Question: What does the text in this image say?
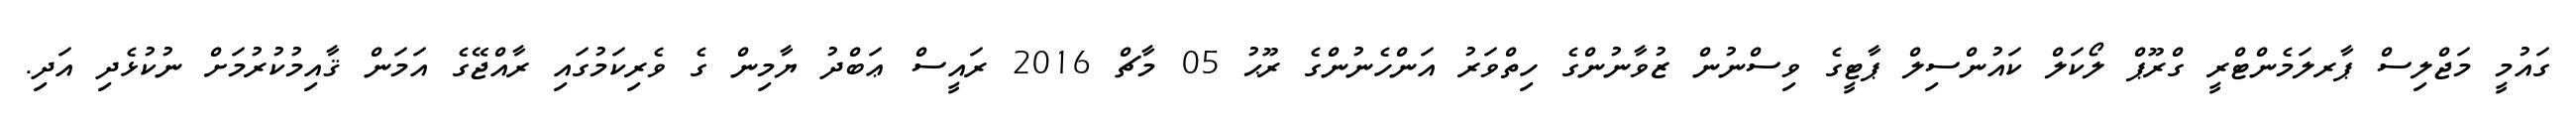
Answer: ގައުމީ މަޖްލިސް ޕާރލަމެންޓްރީ ގްރޫޕް ލޯކަލް ކައުންސިލް ޕާޓީގެ ވިސްނުން ޒުވާނުންގެ ހިތްވަރު އަންހެނުންގެ ރޫޙު 05 މާޗް 2016 ރައީސް ޢަބްދު ޔާމިން ގެ ވެރިކަމުގައި ރާއްޖޭގެ އަމަން ޤާއިމުކުރުމަށް ނުކުޅެދި އަދި.